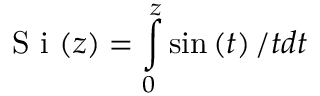
\mathrm { ~ S ~ i ~ } ( z ) = \intop _ { 0 } ^ { z } \sin \left( t \right) / t d t